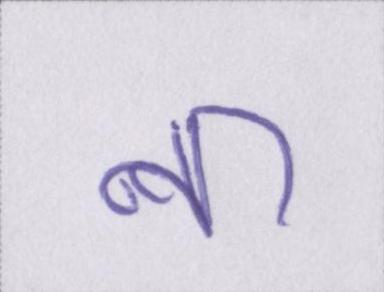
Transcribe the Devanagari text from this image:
ना